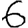
Digit: 6